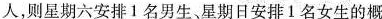
人，则星期六安排1名男生、星期日安排1名女生的概